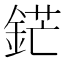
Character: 鋩